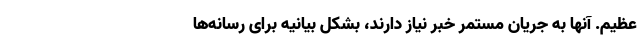
عظیم. آنها به جریان مستمر خبر نیاز دارند، بشکل بیانیه برای رسانه‌ها